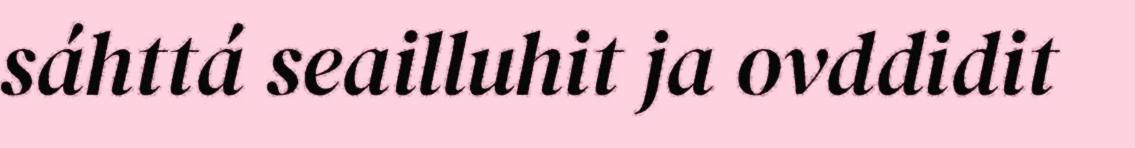
sáhttá seailluhit ja ovddidit